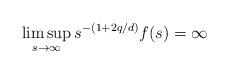
LaTeX: \begin{align*}\limsup_{s\to\infty}s^{-(1+2q/d)}f(s)=\infty\end{align*}